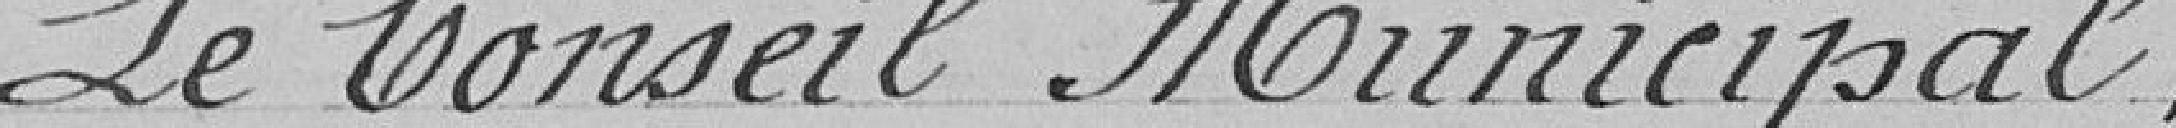
Le Conseil Municipal,